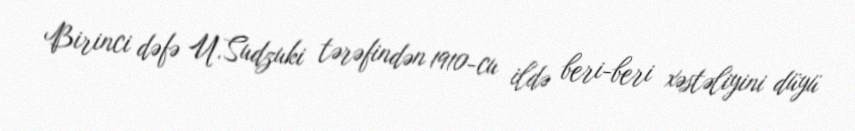
Birinci dəfə U.Sudzuki tərəfindən 1910-cu ildə beri-beri xəstəliyini düyü